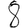
Digit: 8